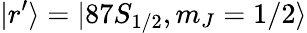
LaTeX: |r^{\prime}\rangle=|87S_{1/2},m_{J}=1/2\rangle